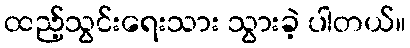
ထည့်သွင်းရေးသား သွားခဲ့ ပါတယ်။